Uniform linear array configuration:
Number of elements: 24
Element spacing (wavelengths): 0.5
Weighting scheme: exponential
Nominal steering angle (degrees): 45
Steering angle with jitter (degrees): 46.486
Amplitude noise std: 0.05
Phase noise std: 0.05

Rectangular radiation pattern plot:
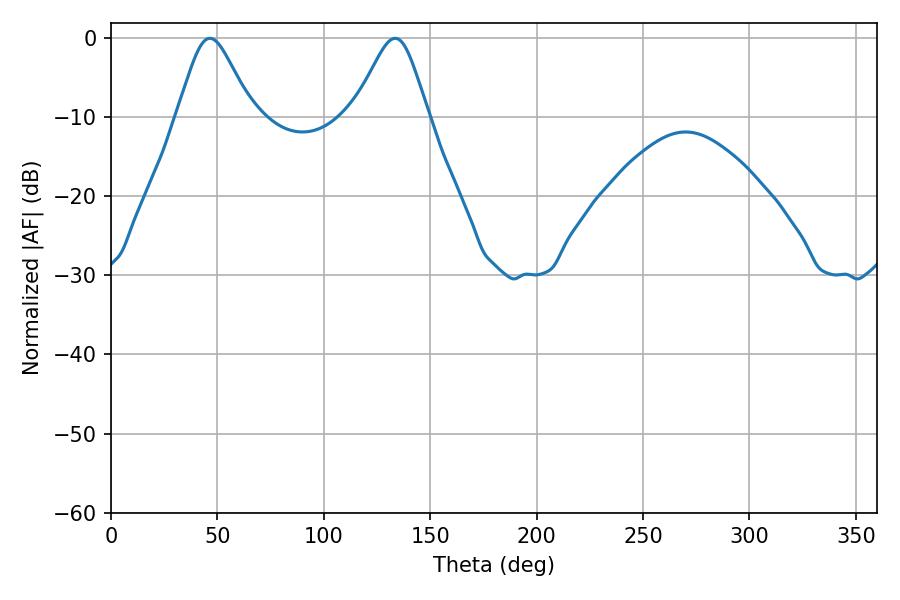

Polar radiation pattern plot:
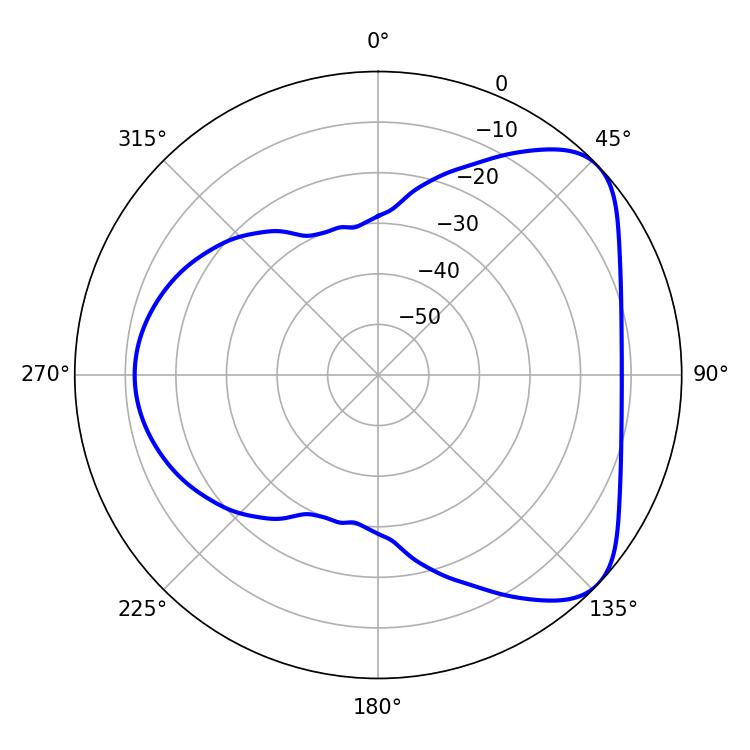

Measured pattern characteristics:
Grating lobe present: FALSE
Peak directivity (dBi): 5.866
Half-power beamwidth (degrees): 17.1
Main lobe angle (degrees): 46.44